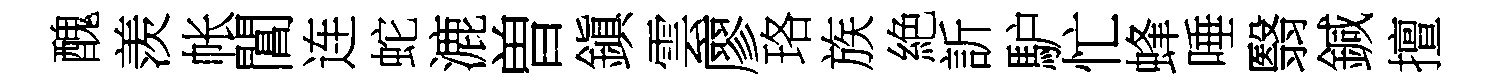
醜羡帐閶连蛇漉曽鎭雲廖珞族絶訢馿忙蜂唾翳鍼擅